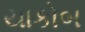
યાકોબ